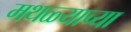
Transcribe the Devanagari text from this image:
मथळ्याच्या